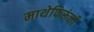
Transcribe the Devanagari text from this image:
माथेफिरूंनी